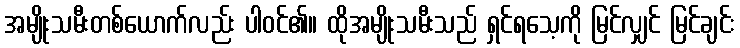
အမျိုးသမီးတစ်ယောက်လည်း ပါဝင်၏။ ထိုအမျိုးသမီးသည် ရှင်ရသေ့ကို မြင်လျှင် မြင်ချင်း